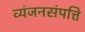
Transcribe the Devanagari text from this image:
व्यंजनसंपत्ति